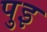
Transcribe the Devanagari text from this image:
पुइ